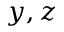
y , z